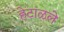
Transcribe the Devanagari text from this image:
हेटाळले